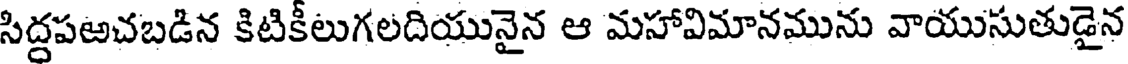
సిద్దపఱచబడిన కిటికీలుగలదియునైన ఆ మహావిమానమును వాయుసుతుడైన